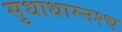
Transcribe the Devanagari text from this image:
सुधाधाम्नश्च